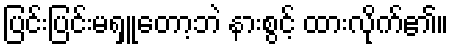
ပြင်းပြင်းမရှူတော့ဘဲ နားစွင့် ထားလိုက်၏။